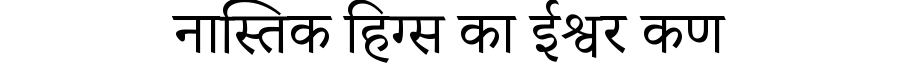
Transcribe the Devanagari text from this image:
नास्तिक हिग्स का ईश्वर कण